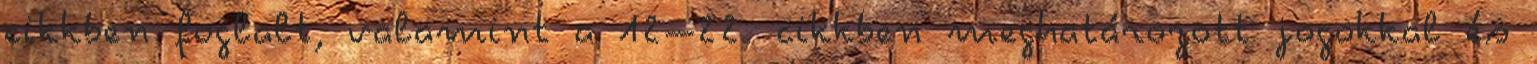
cikkben foglalt, valamint a 12–22. cikkben meghatározott jogokkal és